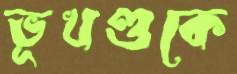
ভূখণ্ডকে